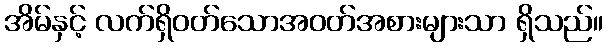
အိမ်နှင့် လက်ရှိဝတ်သောအဝတ်အစားများသာ ရှိသည်။